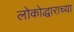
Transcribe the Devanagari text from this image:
लोकोद्धाराच्या